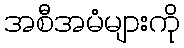
အစီအမံများကို